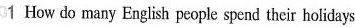
1 How do many English people spend their holidays